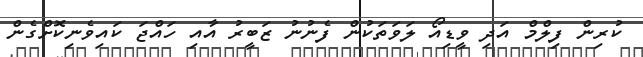
ކުރިން ފިލްމް އަދި ވީޑިއޯ ލަވަތަކުން ފެނުނު ޒަބީރު އާއި ހައްޖަ ކައިވެނިކޮށްގެން